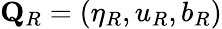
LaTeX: \mathbf{Q}_{R}=(\eta_{R},u_{R},b_{R})